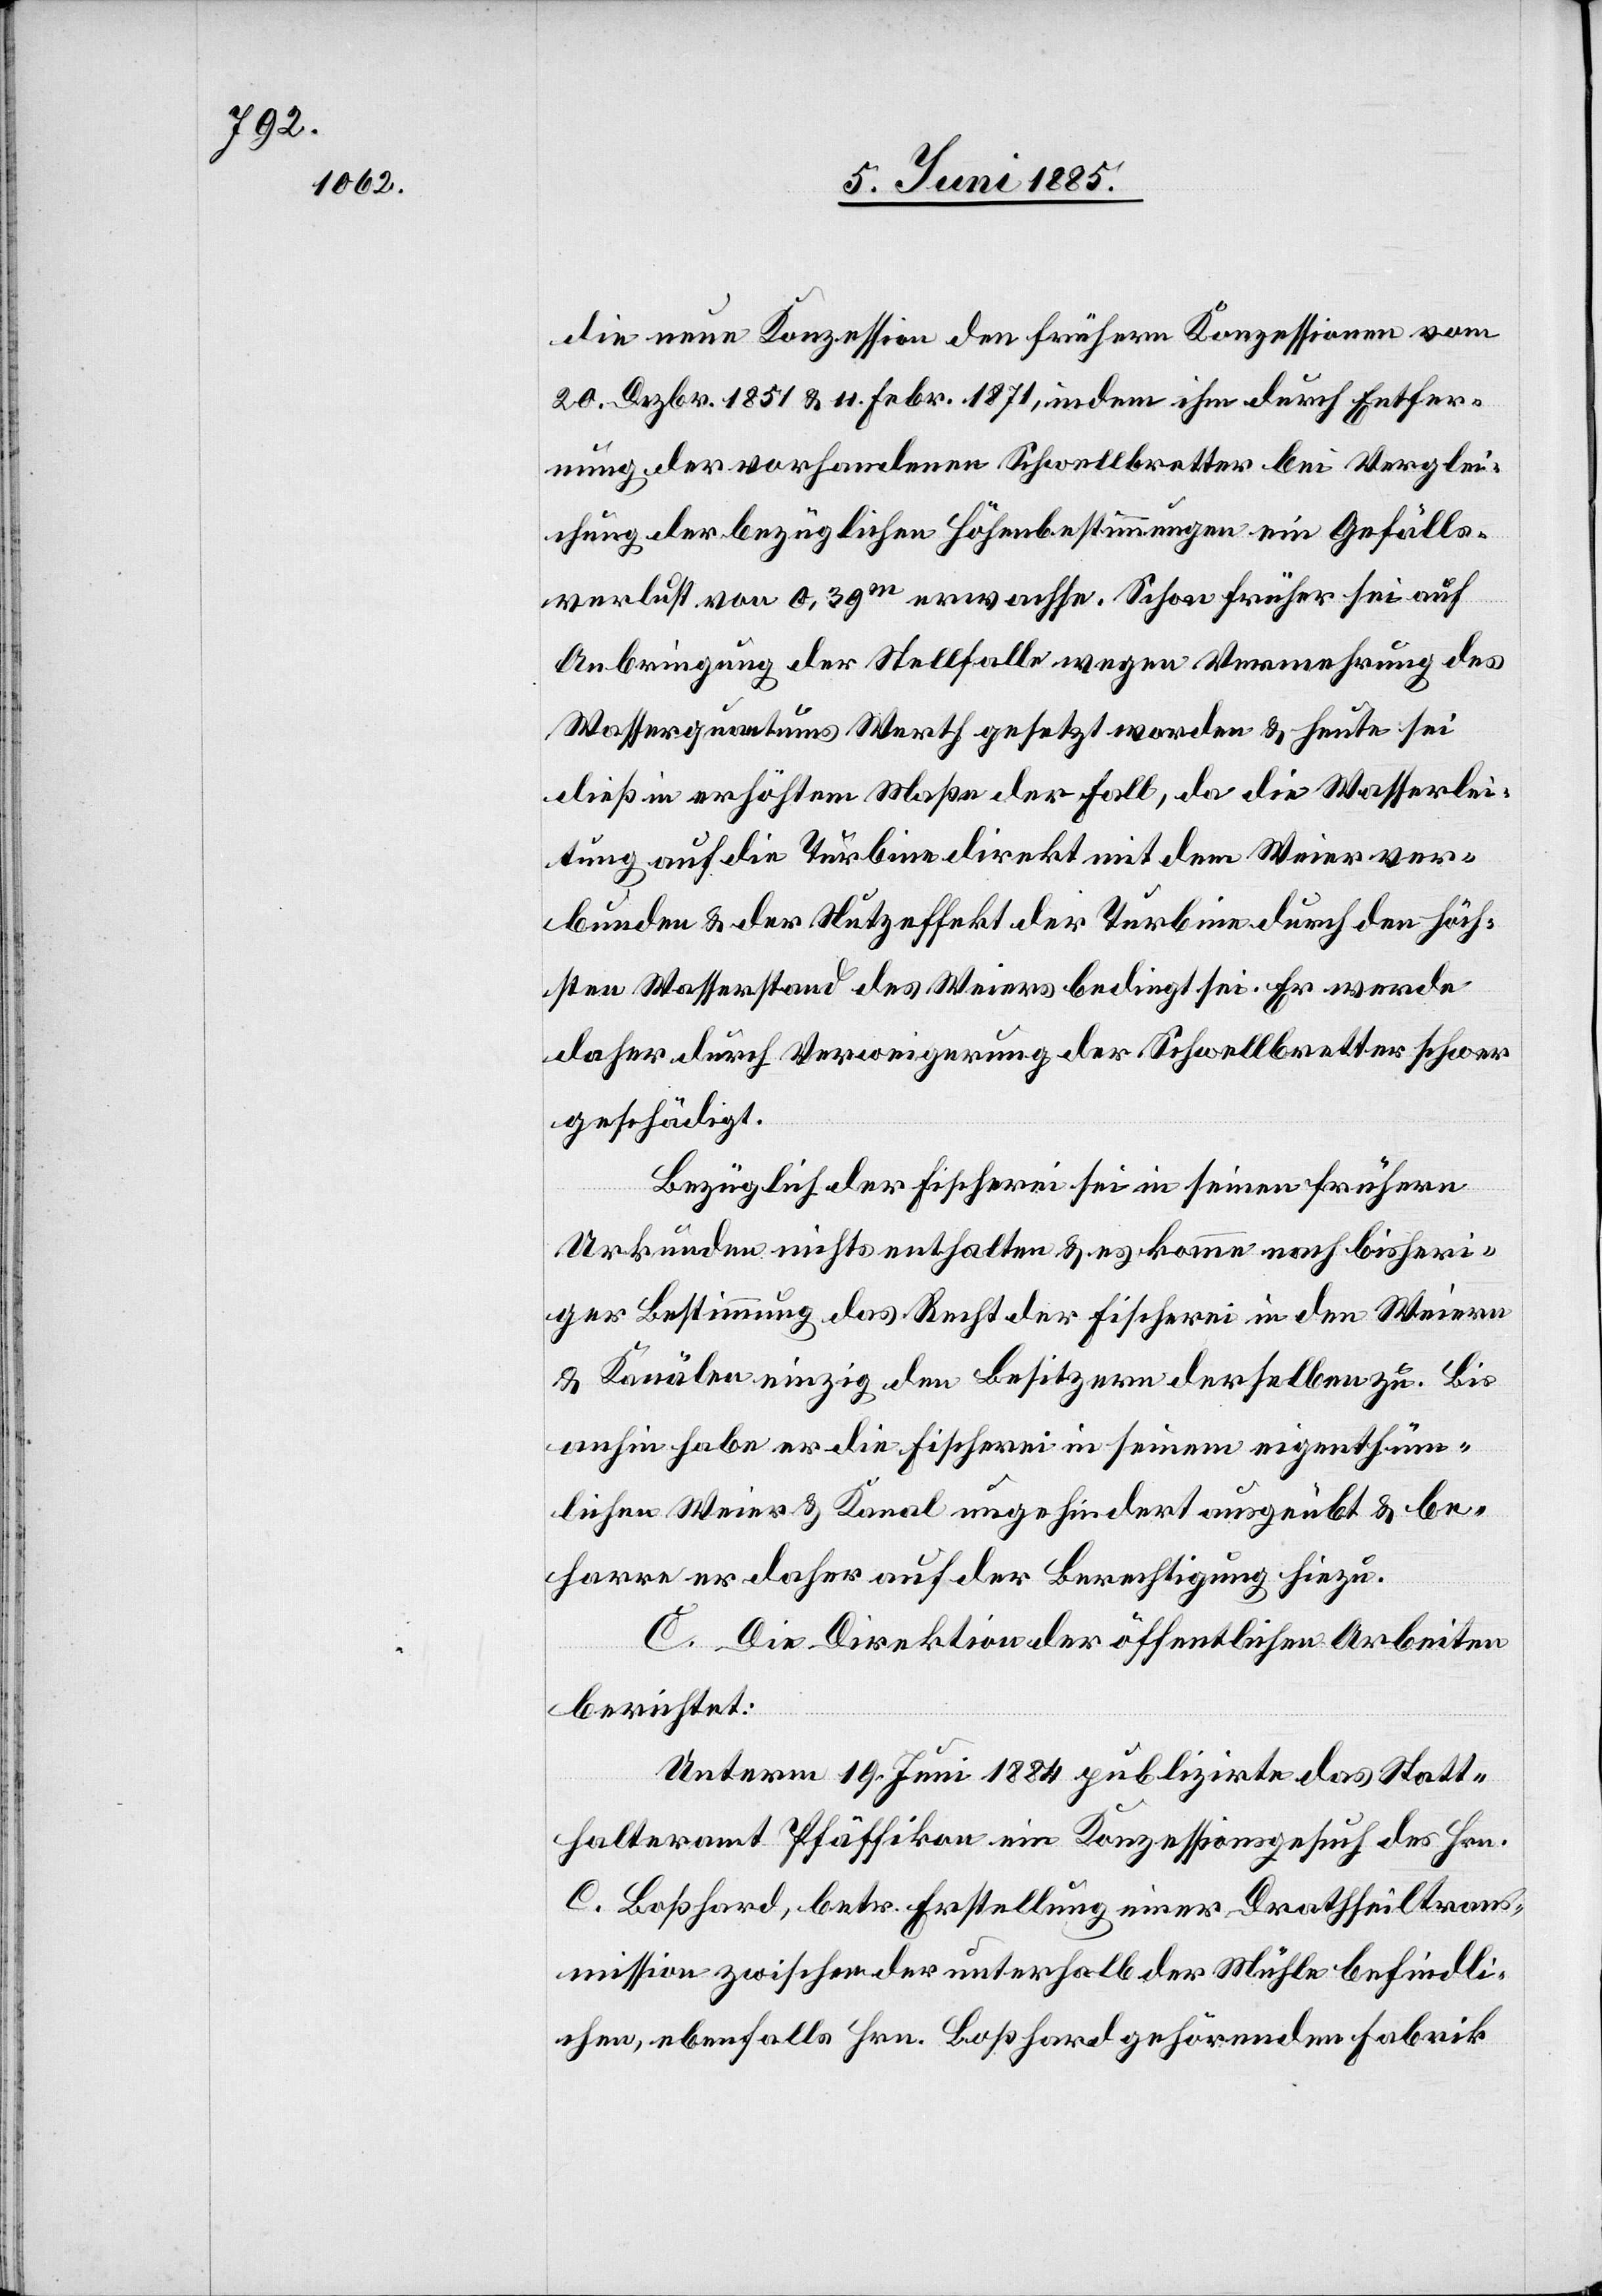
die neue Konzession den frühern Konzessionen vom
20. Dezbr. 1851 & 11. Febr. 1871, indem ihm durch Entfer¬
nung der vorhandenen Schwellbretter bei Verglei¬
chung der bezüglichen Höhenbestimmungen ein Gefälls¬
verlust von 0,39 m erwachse. Schon früher sei auf
Anbringung der Stellfalle wegen Vermehrung des
Wasserquantums Werth gesetzt worden & heute sei
dieß in erhöhtem Maße der Fall, da die Wasserlei¬
tung auf die Turbine direkt mit dem Weier ver¬
bunden & der Nutzeffekt der Turbine durch den höch¬
sten Wasserstand des Weiers bedingt sei. Er werde
daher durch Verweigerung der Schwellbretter schwer
geschädigt.
Bezüglich der Fischerei sei in seinen frühern
Urkunden nichts enthalten & es komme nach bisheri¬
ger Bestimmung das Recht der Fischerei in den Weiern
& Kanälen einzig den Besitzern derselben zu. Bis
anhin habe er die Fischerei in seinem eigenthüm¬
lichen Weier & Kanal ungehindert ausgeübt & be¬
harre er daher auf der Berechtigung hiezu.
C. Die Direktion der öffentlichen Arbeiten
berichtet:
Unterm 19. Juni 1884 publizirte das Statt¬
halteramt Pfäffikon ein Konzessionsgesuch des Hrn.
C. Boßhard, betr. Erstellung einer Drathseiltrans¬
mission zwischen der unterhalb der Mühle befindli¬
chen, ebenfalls Hrn. Boßhard gehörenden Fabrik